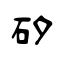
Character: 矽